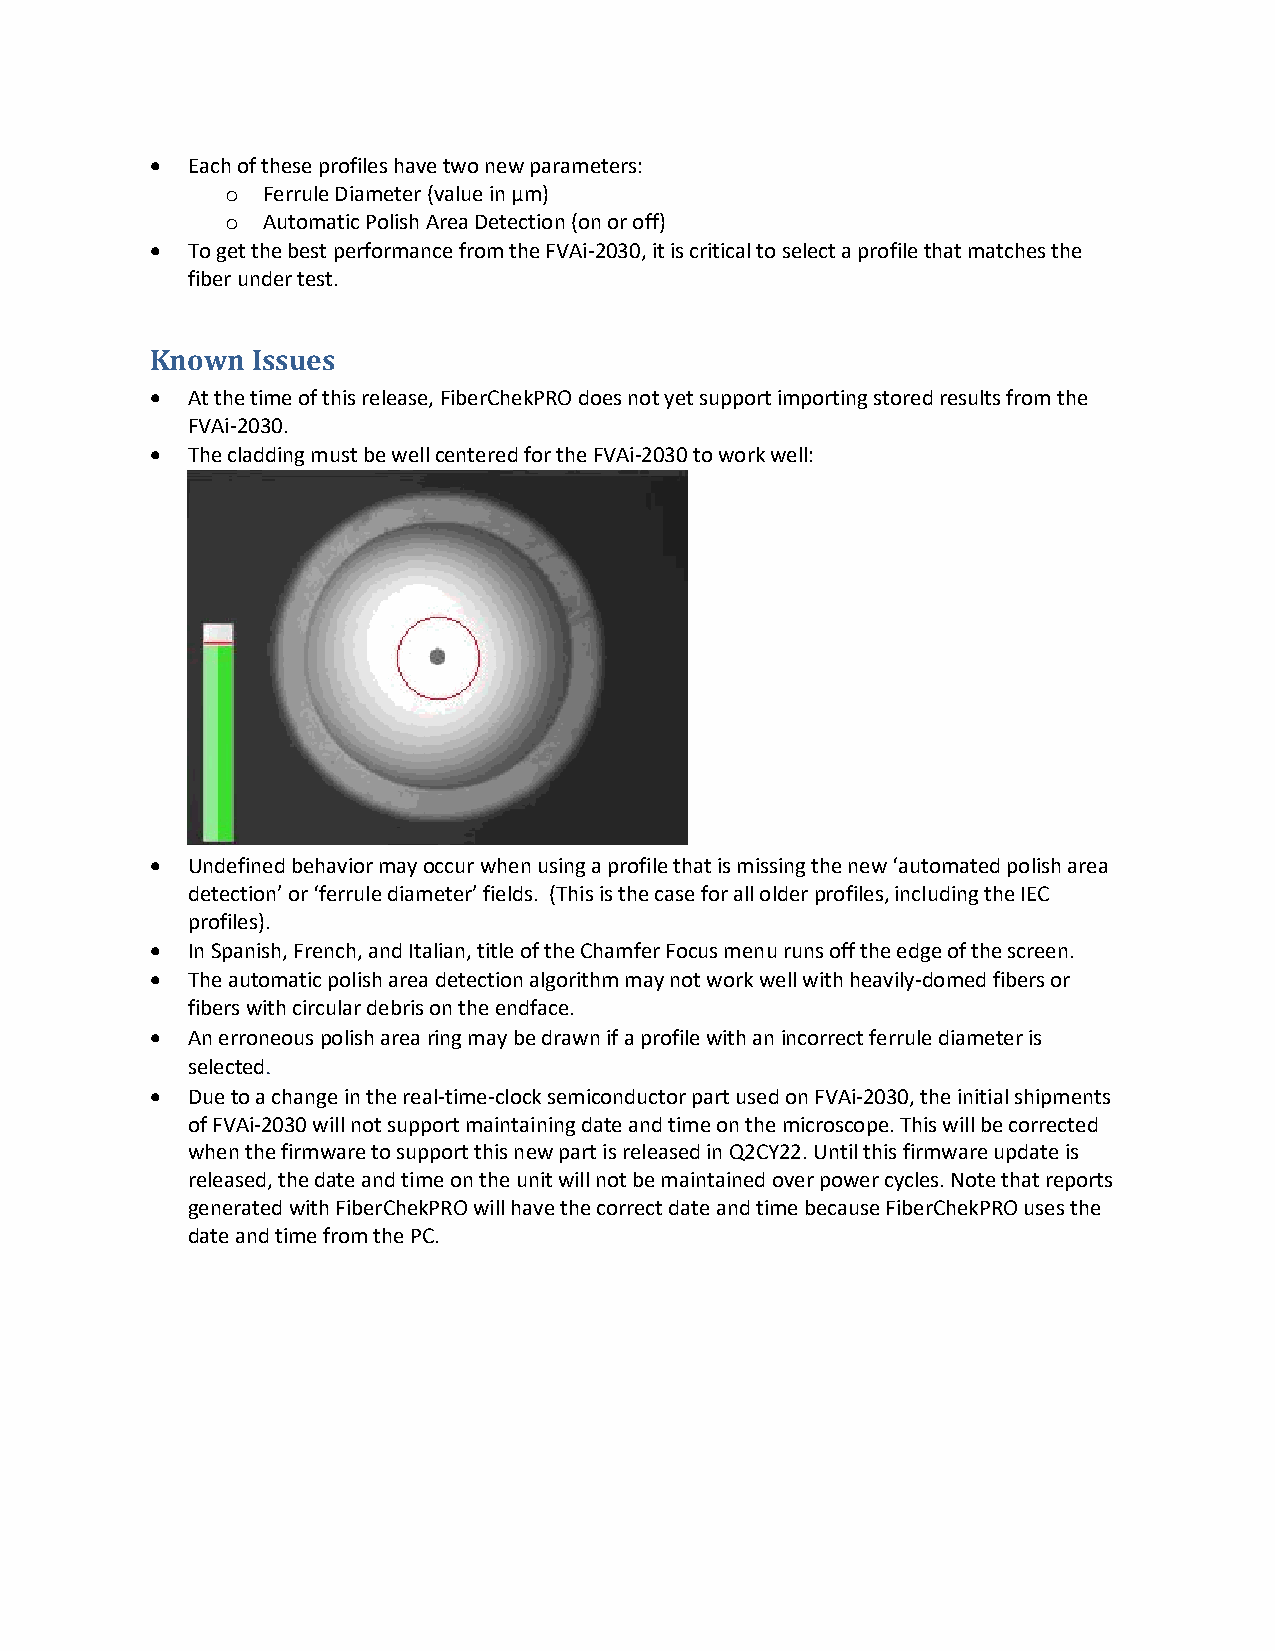
• Each of these profiles have two new parameters:
 o Ferrule Diameter (value in µm)
 o Automatic Polish Area Detection (on or off)
 • To get the best performance from the FVAi-2030, it is critical to select a profile that matches the
 fiber under test.
 Known  Issues
 • At the time of this release, FiberChekPRO does not yet support importing stored results from the
 FVAi-2030.
 • The cladding must be well centered for the FVAi-2030 to work well:
 • Undefined behavior may occur when using a profile that is missing the new ‘automated polish area
 detection’ or ‘ferrule diameter’ fields. (This is the case for all older profiles, including the IEC
 profiles).
 • In Spanish, French, and Italian, title of the Chamfer Focus menu runs off the edge of the screen.
 • The automatic polish area detection algorithm may not work well with heavily-domed fibers or
 fibers with circular debris on the endface.
 • An erroneous polish area ring may be drawn if a profile with an incorrect ferrule diameter is
 selected.
 • Due to a change in the real-time-clock semiconductor part used on FVAi-2030, the initial shipments
 of FVAi-2030 will not support maintaining date and time on the microscope. This will be corrected
 when the firmware to support this new part is released in Q2CY22. Until this firmware update is
 released, the date and time on the unit will not be maintained over power cycles. Note that reports
 generated with FiberChekPRO will have the correct date and time because FiberChekPRO uses the
 date and time from the PC.